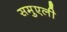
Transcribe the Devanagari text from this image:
समुएली